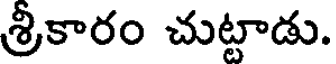
శ్రీకారం చుట్టాడు.